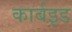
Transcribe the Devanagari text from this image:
कार्बइड